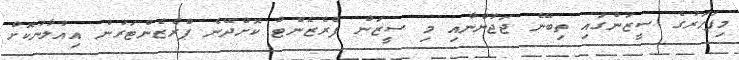
މިފަހަރުގެ ސީޒަންގައި ތިބޭނެ ޖަޖުންނާއި މި ސީޒަން ފްރެޒެންޓް ކޮށްދޭނެ ޕްރެޒެންޓަރުން އިއުލާނުކޮށް